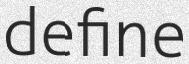
define